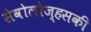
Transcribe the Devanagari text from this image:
सेवोलोज्हसकी